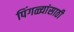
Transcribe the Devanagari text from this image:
पिंगळ्यांसाठी